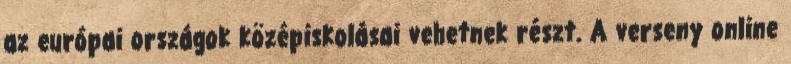
az európai országok középiskolásai vehetnek részt. A verseny online